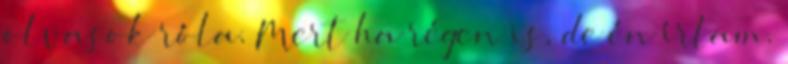
olvasok róla. Mert ha régen is, de én írtam.